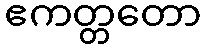
ဧကတ္တတော